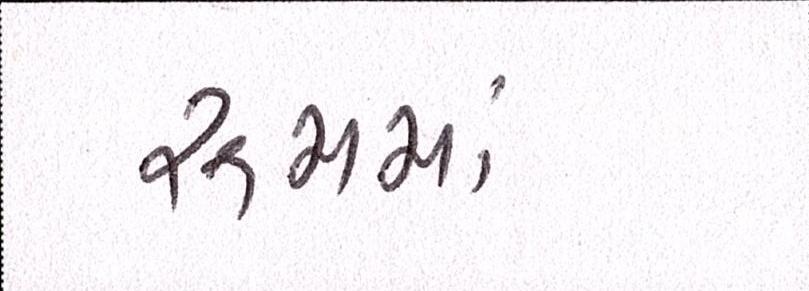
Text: રૂમમાં